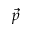
\vec { p }